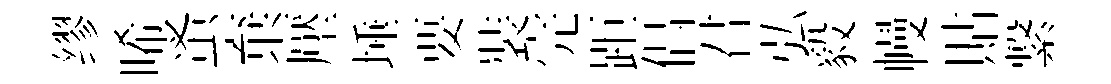
缪唏蚤棄壓埵要裝完距倡君弘毅幔貼繋